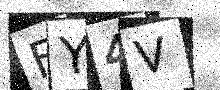
Text: FY4V